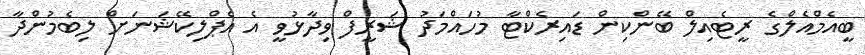
ބީއެމްއެލްގެ ރީޓެއިލް ބޭންކިން ޑައިރެކްޓާ މުހައްމަދު ޝަރީފް ވިދާޅުވީ އެ އެޕްލިކޭޝަނަށް ލިބެމުންދާ